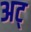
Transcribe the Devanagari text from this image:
अट्